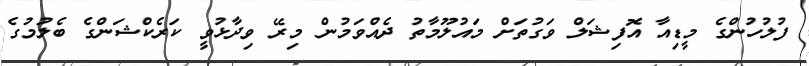
ފުލުހުންގެ މީޑިއާ އޮފިޝަލް ވަގުތަށް މައުލޫމާތު ދެއްވަމުން މިރޭ ވިދާޅުވީ ކަރެކްޝަންގެ ބެލުމުގެ